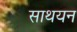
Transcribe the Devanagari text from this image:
साथयन